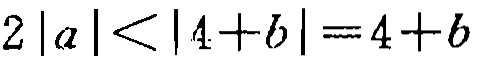
$2\left|a\right|<\left|4 + b\right| = 4 + b$